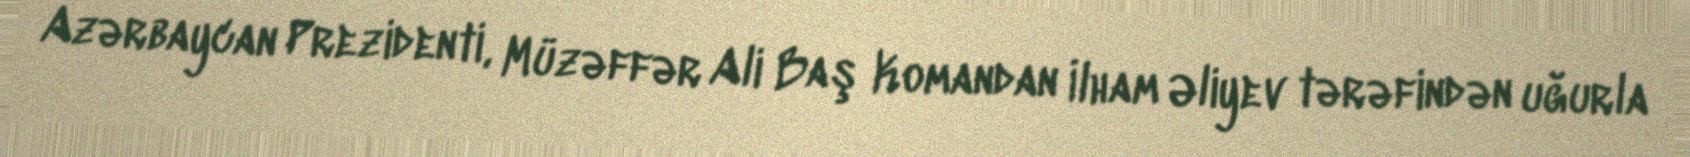
Azərbaycan Prezidenti, Müzəffər Ali Baş Komandan İlham Əliyev tərəfindən uğurla